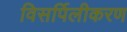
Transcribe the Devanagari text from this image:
विसर्पिलीकरण